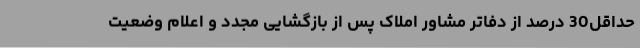
حداقل30 درصد از دفاتر مشاور املاک پس از بازگشایی مجدد و اعلام وضعیت